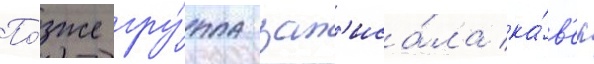
По́зже гру́ппа зап'иса́ла ка́в'ер